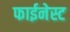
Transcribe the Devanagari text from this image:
फाईनेस्ट